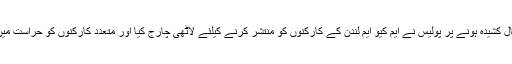
صورتحال کشیدہ ہونے پر پولیس نے ایم کیو ایم لندن کے کارکنوں کو منتشر کرنے کیلئے لاٹھی چارج کیا اور متعدد کارکنوں کو حراست میں لے لیا۔